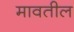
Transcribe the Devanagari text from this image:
मावतील